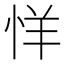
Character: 𰑘